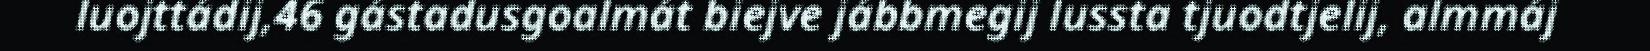
luojttádij,46 gástadusgoalmát biejve jábbmegij lussta tjuodtjelij, almmáj